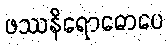
ဖဿနိရောဓောပေ